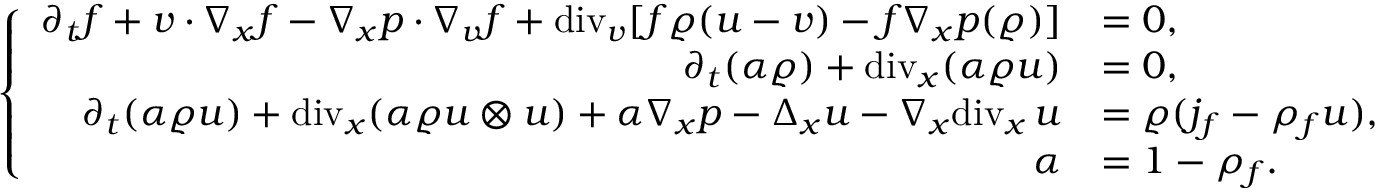
\left\{ \begin{array} { r l } { \partial _ { t } f + v \cdot \nabla _ { x } f - \nabla _ { x } p \cdot \nabla _ { v } f + \mathrm { d i v } _ { v } [ f \varrho ( u - v ) - f \nabla _ { x } p ( \varrho ) ] } & { = 0 , } \\ { \partial _ { t } ( \alpha \varrho ) + \mathrm { d i v } _ { x } ( \alpha \varrho u ) } & { = 0 , } \\ { \partial _ { t } ( \alpha \varrho u ) + \mathrm { d i v } _ { x } ( \alpha \varrho u \otimes u ) + \alpha \nabla _ { x } p - \Delta _ { x } u - \nabla _ { x } \mathrm { d i v } _ { x } \, u } & { = \varrho ( j _ { f } - \rho _ { f } u ) , } \\ { \alpha } & { = 1 - \rho _ { f } . } \end{array} \right.